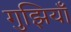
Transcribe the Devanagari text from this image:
गुझियाँ